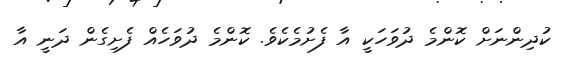
ކުދިންނަށް ކޮންމެ ދުވަހަކީ އާ ފެށުމެކެވެ. ކޮންމެ ދުވަހެއް ފެށިގެން ދަނީ އާ